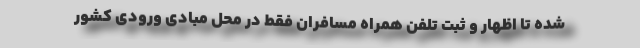
شده تا اظهار و ثبت تلفن همراه مسافران فقط در محل مبادی ورودی کشور